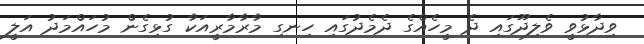
ވިދާޅުވީ ވެލިދޫގައި ދެ މީހެއްގެ ދެމެދުގައި ހިނގި މާރާމާރީއަކާ ގުޅިގެން މުހައްމަދު އަލީ